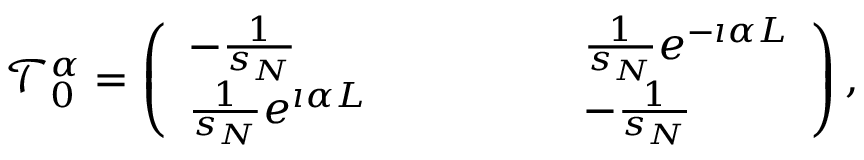
\mathcal { T } _ { 0 } ^ { \alpha } = \left( \begin{array} { l l l l l l } { - \frac { 1 } { s _ { N } } } & { } & { } & { } & { } & { \frac { 1 } { s _ { N } } e ^ { - \i \alpha L } } \\ { \frac { 1 } { s _ { N } } e ^ { \i \alpha L } } & { } & { } & { } & { } & { - \frac { 1 } { s _ { N } } } \end{array} \right) ,